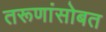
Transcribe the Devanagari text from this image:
तरूणांसोबत